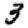
Digit: 3